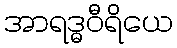
အာရဒ္ဓဝီရိယေ